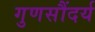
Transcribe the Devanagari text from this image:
गुणसौंदर्य